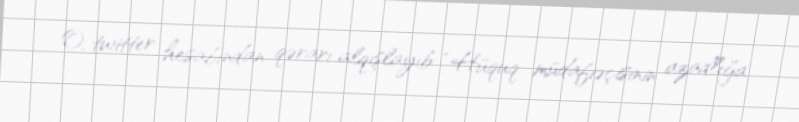
O, twitter hesabından qərarı alqışlayıb: “Hüquq müdafiəçisinin azadlığa